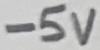
Text: -5V